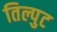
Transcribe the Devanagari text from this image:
तिल्पुट